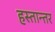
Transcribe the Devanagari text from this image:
हस्तान्तर